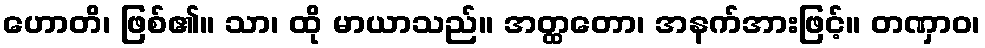
ဟောတိ၊ ဖြစ်၏။ သာ၊ ထို မာယာသည်။ အတ္ထတော၊ အနက်အားဖြင့်။ တဏှာဝ၊